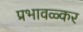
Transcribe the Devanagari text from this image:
प्रभावळ्कर